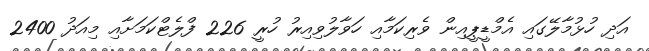
އަދި ހުޅުމާލޭގައި އެމްޑީޕީއިން ވެރިކަމާއި ހަވާލުވިއިރު ހުރީ 226 ފްލެޓްކަމަށާއި މިއަދު 2400